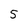
Character: 5